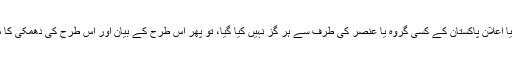
بھارتی علاقے میں گھس کر کسی کارروائی کا ارادہ یا اعلان پاکستان کے کسی گروہ یا عنصر کی طرف سے ہر گز نہیں کیا گیا، تو پھر اس طرح کے بیان اور اس طرح کی دھمکی کا مطلب اشتعال انگیزی کے علاوہ اور کیا ہو سکتا ہے؟